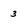
Character: 3